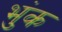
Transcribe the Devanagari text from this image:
भुंक